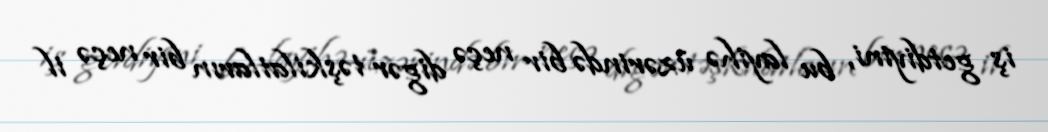
iş getdiyini, bu layihə üzərində bir neçə digər təşkilatların bir neçə il